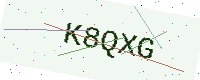
Text: K8QXG